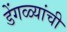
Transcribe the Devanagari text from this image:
डेंगळ्यांची